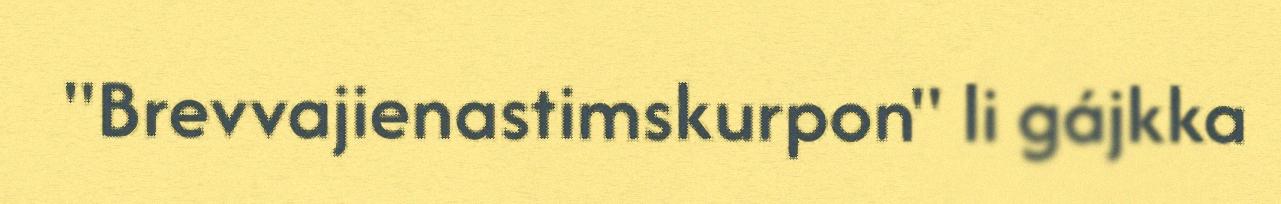
"Brevvajienastimskurpon" li gájkka